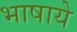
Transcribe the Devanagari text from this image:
भाषाये